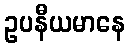
ဥပနီယမာနေ